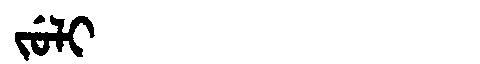
Manchu: ᠵᡠᠯᡳ
Romanization: JULI